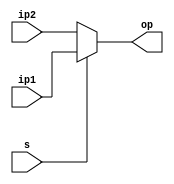
`timescale 1ns / 1ps

module mux_32bit(ip1,ip2,op,s);
input [31:0]ip1;
input [31:0]ip2;
output [31:0]op;
input s;
assign op=s?ip1:ip2;

endmodule